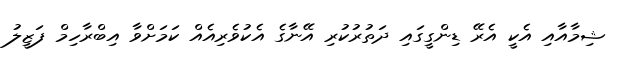
ޝިމާއާއި އެކީ އެރޭ ޑިންގީގައި ދަތުރުކުރި އޭނާގެ އެކުވެރިއެއް ކަމަށްވާ އިބްރާހިމް ފަޒީލު